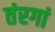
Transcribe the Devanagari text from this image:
तंरगां